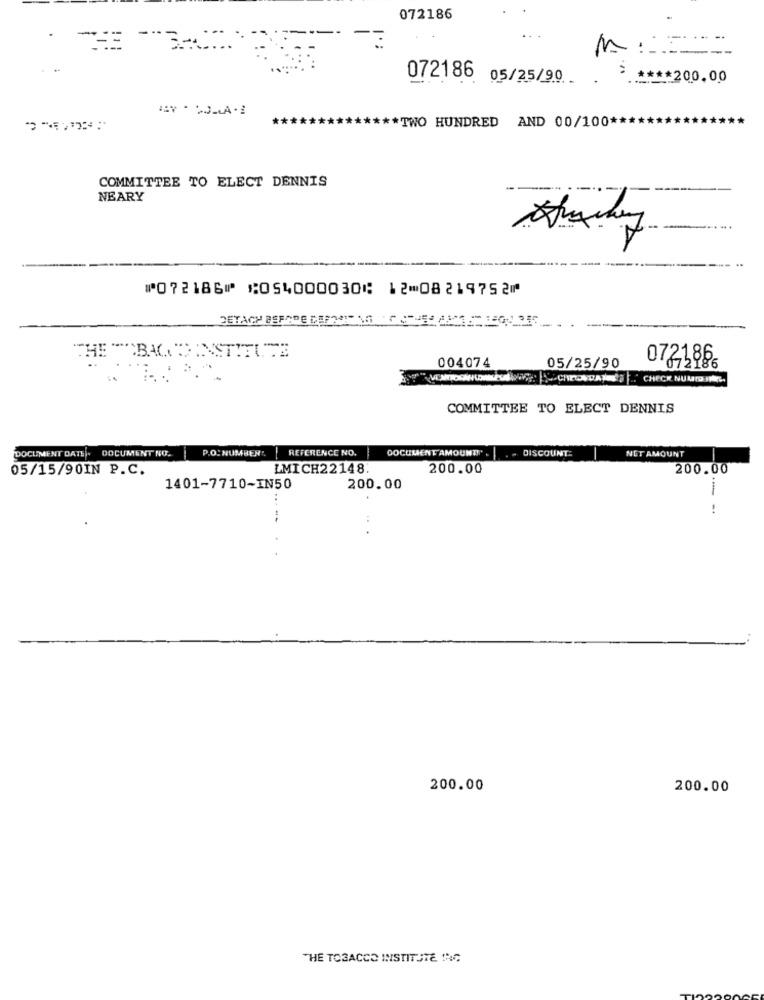
072186
.
072186 05/25/90
* **** 200.00
*****
***** TWO HUNDRED AND 00/100 ****
COMMITTEE TO ELECT DENNIS
-
NEARY
⑈072186⑈ ⑆054000030⑆ 12⑉08219752⑈
THE "BAGNO INSTITUTE
072186.
004074
05/25/90
CHECK NUMID INIR.
COMMITTEE TO ELECT DENNIS
DOCUMENT DATE. DOCUMENT NU.
P.O. NUMBER",
REFERENCE NO.
DOCUMENT AMOUNT!" .
. . DISCOUNT:
NET AMOUNT
05/15/90IN P.C.
LMICH22148.
200.00
200.00
1401-7710-IN50
200.00
200.00
200.00
THE TOBACCO INSTITUTE ING